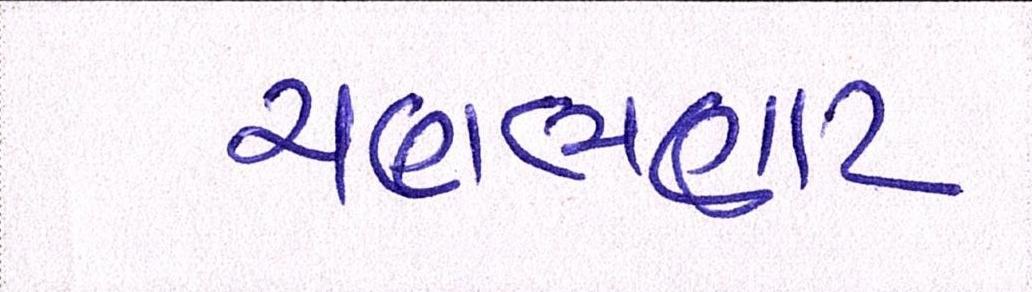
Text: ચણભણાટ